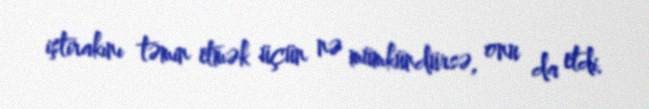
iştirakını təmin etmək üçün nə mümkündürsə, onu da etdi.